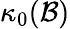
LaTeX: \kappa_{0}({\mathcal{B}})